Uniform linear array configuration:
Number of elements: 48
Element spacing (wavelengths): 1
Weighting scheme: binomial
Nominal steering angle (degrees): -45
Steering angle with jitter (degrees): -43.779
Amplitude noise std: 0.05
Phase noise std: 0.05

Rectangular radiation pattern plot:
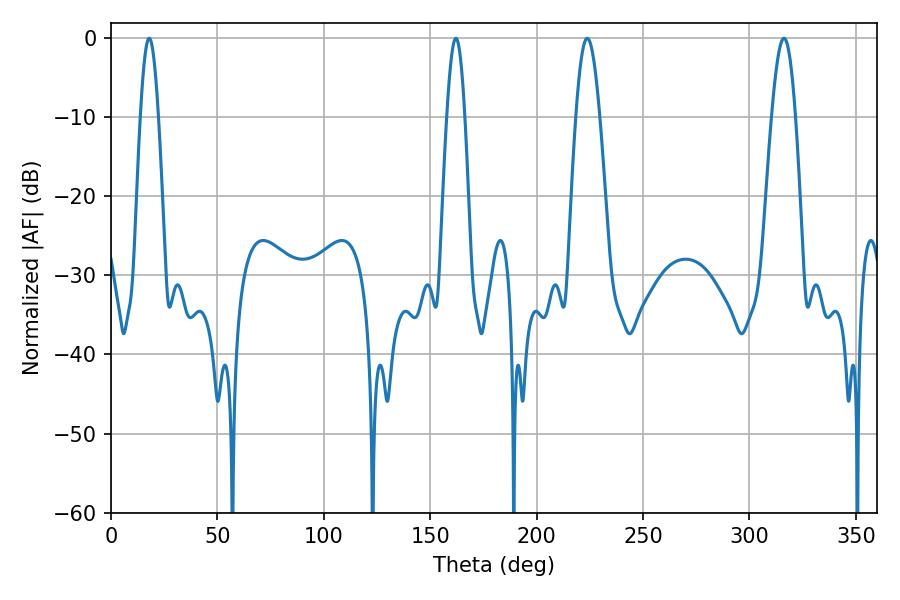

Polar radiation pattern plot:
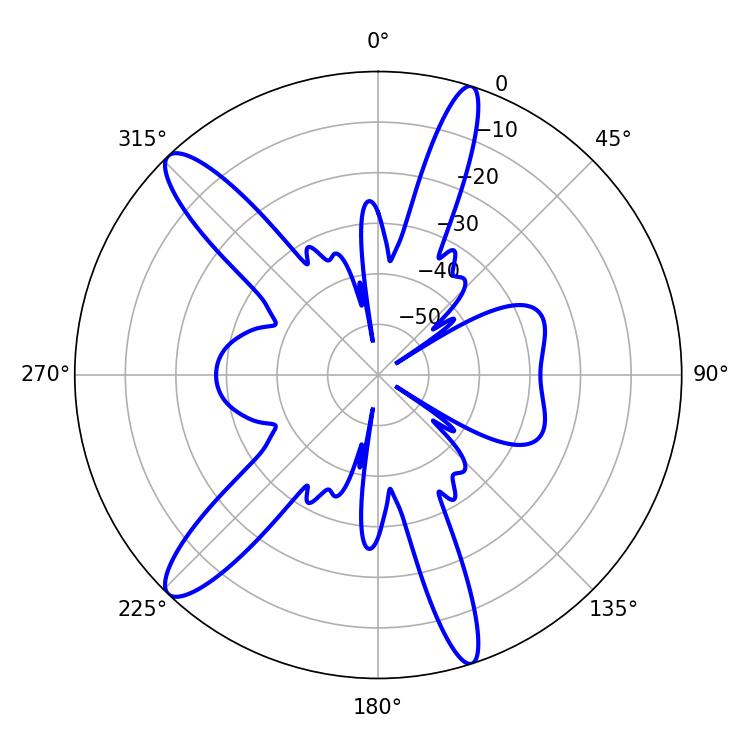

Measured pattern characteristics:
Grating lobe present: TRUE
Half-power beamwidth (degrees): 5.94
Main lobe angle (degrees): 223.74